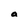
Character: a